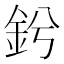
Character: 𨥟